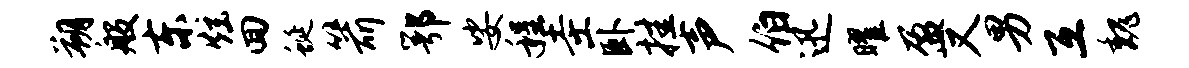
朔般东炫回蜒箭鄂娑程圭卧挂声伯迅曜盈又男互魏